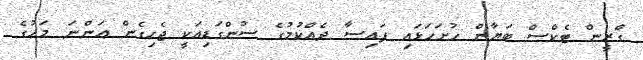
ގްރީން ޓެކްސް ބަޔާން ހުށަހަޅައި ފައިސާ ދެއްކުމުގެ ސުންގަޑިއަކީ ޖެހިގެން އަންނަ މަހުގެ